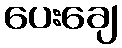
ပေးချေ